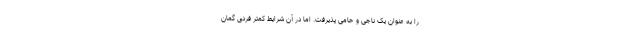
را به عنوان یک ناجی و حامی پذیرفت. اما در آن شرایط کمتر فردی گمان